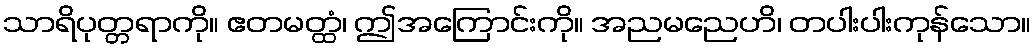
သာရိပုတ္တရာကို။ ဧတမတ္ထံ၊ ဤအကြောင်းကို။ အညမညေဟိ၊ တပါးပါးကုန်သော။